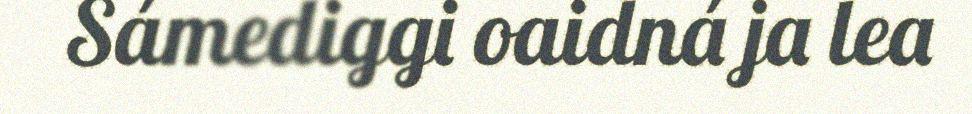
Sámediggi oaidná ja lea